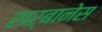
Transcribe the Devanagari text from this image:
सर्बानेस